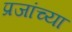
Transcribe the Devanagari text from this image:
प्रजांच्या